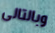
وبالتالى